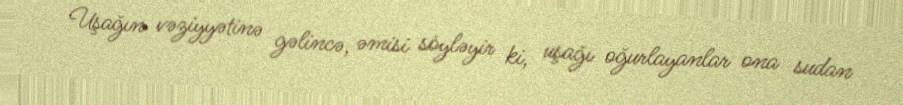
Uşağın vəziyyətinə gəlincə, əmisi söyləyir ki, uşağı oğurlayanlar ona sudan